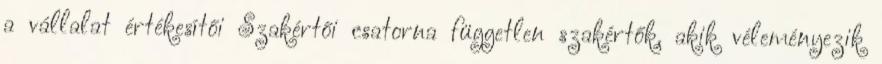
a vállalat értékesítői Szakértői csatorna független szakértők, akik véleményezik